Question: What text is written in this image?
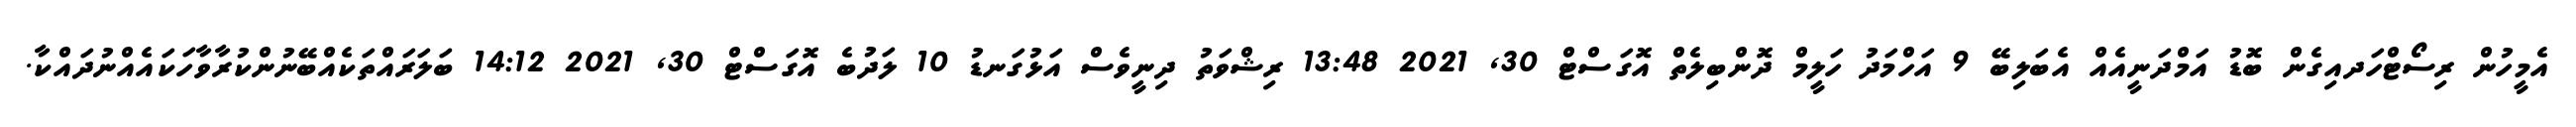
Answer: އެމީހުން ރިސޯޓްހަދއިގެން ބޮޑު އަމްދަނީއެއް އެބަލިބޭ 9 އަހްމަދު ހަލީމް ދޮންބިލެތް އޮގަސްޓް 30, 2021 13:48 ރިޝްވަތު ދިނީވެސް އަޅުގަނޑު 10 ލަދުބެ އޮގަސްޓް 30, 2021 14:12 ބަލަރައްތަކެއްބޭނުންކުރާވާހަކައެއްނުދައްކާ.